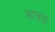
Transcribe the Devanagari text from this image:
मावळं